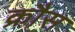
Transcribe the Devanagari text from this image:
क्रौस